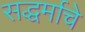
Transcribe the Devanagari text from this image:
सद्धर्माचे